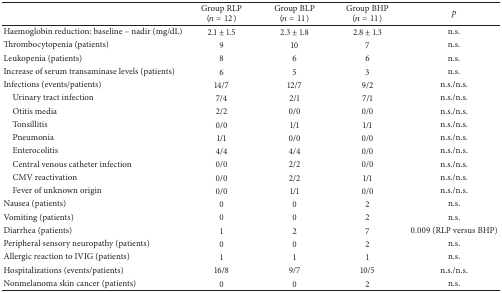
<table><thead><tr><td><b> </b></td><td><b>Group RLP (<i>n</i> = 12)</b></td><td><b>Group BLP(<i>n</i> = 11)</b></td><td><b>Group BHP(<i>n</i> = 11)</b></td><td><b><i>p</i></b></td></tr></thead><tbody><tr><td>Haemoglobin reduction: baseline – nadir (mg/dL)</td><td>2.1 ± 1.5</td><td>2.3 ± 1.8</td><td>2.8 ± 1.3</td><td>n.s.</td></tr><tr><td>Thrombocytopenia (patients)</td><td>9</td><td>10</td><td>7</td><td>n.s.</td></tr><tr><td>Leukopenia (patients)</td><td>8</td><td>6</td><td>6</td><td>n.s.</td></tr><tr><td>Increase of serum transaminase levels (patients)</td><td>6</td><td>5</td><td>3</td><td>n.s.</td></tr><tr><td>Infections (events/patients)</td><td>14/7</td><td>12/7</td><td>9/2</td><td>n.s./n.s.</td></tr><tr><td> Urinary tract infection</td><td>7/4</td><td>2/1</td><td>7/1</td><td>n.s./n.s.</td></tr><tr><td> Otitis media</td><td>2/2</td><td>0/0</td><td>0/0</td><td>n.s./n.s.</td></tr><tr><td> Tonsillitis</td><td>0/0</td><td>1/1</td><td>1/1</td><td>n.s./n.s.</td></tr><tr><td> Pneumonia</td><td>1/1</td><td>0/0</td><td>0/0</td><td>n.s./n.s.</td></tr><tr><td> Enterocolitis</td><td>4/4</td><td>4/4</td><td>0/0</td><td>n.s./n.s.</td></tr><tr><td> Central venous catheter infection</td><td>0/0</td><td>2/2</td><td>0/0</td><td>n.s./n.s.</td></tr><tr><td> CMV reactivation</td><td>0/0</td><td>2/2</td><td>1/1</td><td>n.s./n.s.</td></tr><tr><td> Fever of unknown origin</td><td>0/0</td><td>1/1</td><td>0/0</td><td>n.s./n.s.</td></tr><tr><td>Nausea (patients)</td><td>0</td><td>0</td><td>2</td><td>n.s.</td></tr><tr><td>Vomiting (patients)</td><td>0</td><td>0</td><td>2</td><td>n.s.</td></tr><tr><td>Diarrhea (patients)</td><td>1</td><td>2</td><td>7</td><td>0.009 (RLP versus BHP)</td></tr><tr><td>Peripheral sensory neuropathy (patients)</td><td>0</td><td>0</td><td>2</td><td>n.s.</td></tr><tr><td>Allergic reaction to IVIG (patients)</td><td>1</td><td>1</td><td>1</td><td>n.s.</td></tr><tr><td>Hospitalizations (events/patients)</td><td>16/8</td><td>9/7</td><td>10/5</td><td>n.s./n.s.</td></tr><tr><td>Nonmelanoma skin cancer (patients)</td><td>0</td><td>0</td><td>2</td><td>n.s.</td></tr></tbody></table>